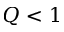
Q < 1